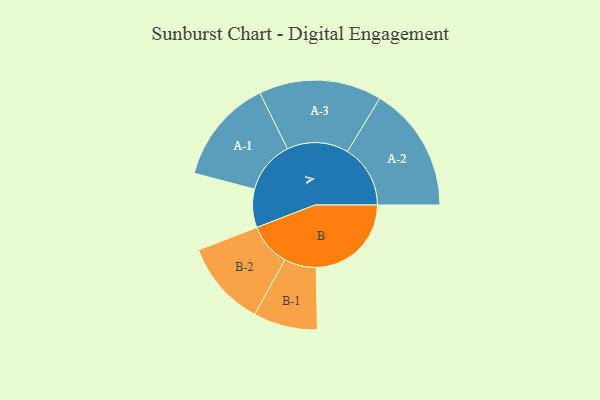
{"axis": {"x": "Segment", "y": "Value"}, "legend": ["", "A", "B"], "data": [{"x": "A", "y": 163, "type": ""}, {"x": "B", "y": 404, "type": ""}, {"x": "A-1", "y": 223, "type": "A"}, {"x": "A-2", "y": 267, "type": "A"}, {"x": "A-3", "y": 261, "type": "A"}, {"x": "B-1", "y": 136, "type": "B"}, {"x": "B-2", "y": 182, "type": "B"}]}